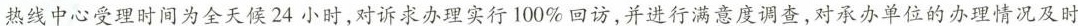
热线中心受理时间为全天候24小时，对诉求办理实行100\%回访，并进行满意度调查，对承办单位的办理情况及时